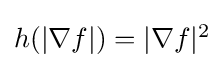
\textstyle h(|\nabla f|)=|\nabla f|^{2}